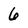
Character: 6